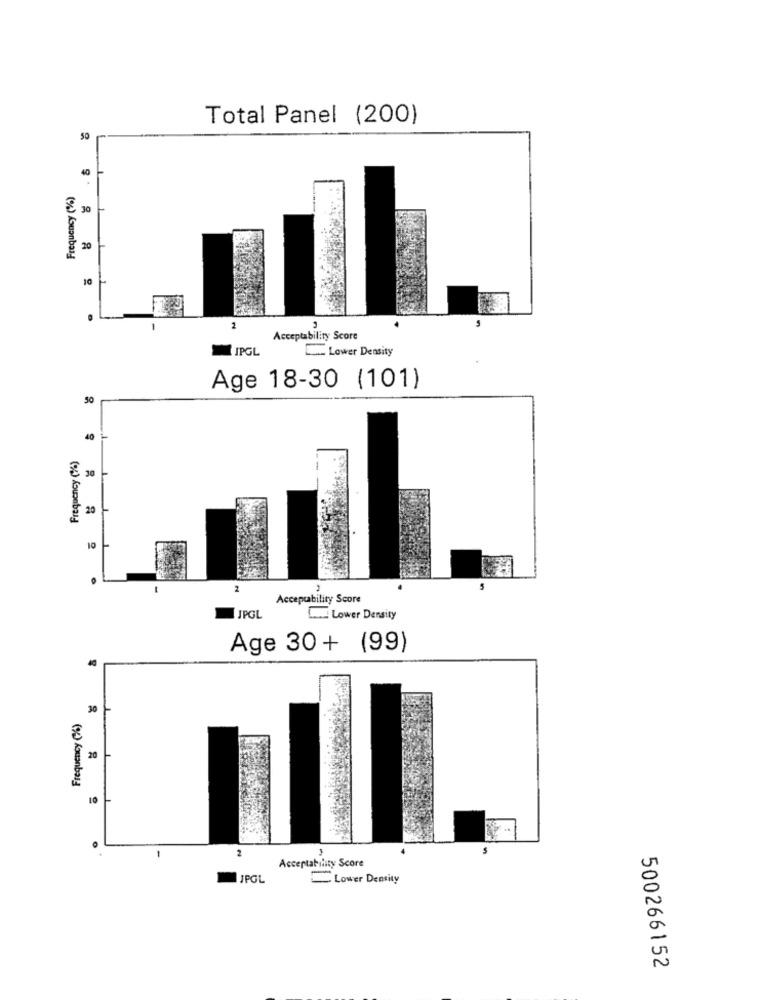
Total Panel (200)
50
40
Frequency (%)
30
20
10
2
Acceptability Score
IPGL
... Lower Density
Age 18-30 (101)
50
40
Frequency (%)
20
10
2
Acceptability Score
JPGL
L .. Lower Density
Age 30 + (99)
40
Frequency (%)
30
20
10
2
-
Acceptability Score
JPGL
Lower Density
500266152